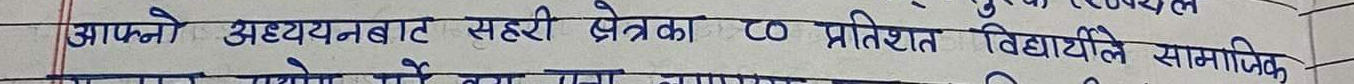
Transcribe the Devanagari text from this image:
आफ्नो अध्ययनबाट सहरी क्षेत्रका ८० प्रतिशत विद्यार्थीले सामाजिक